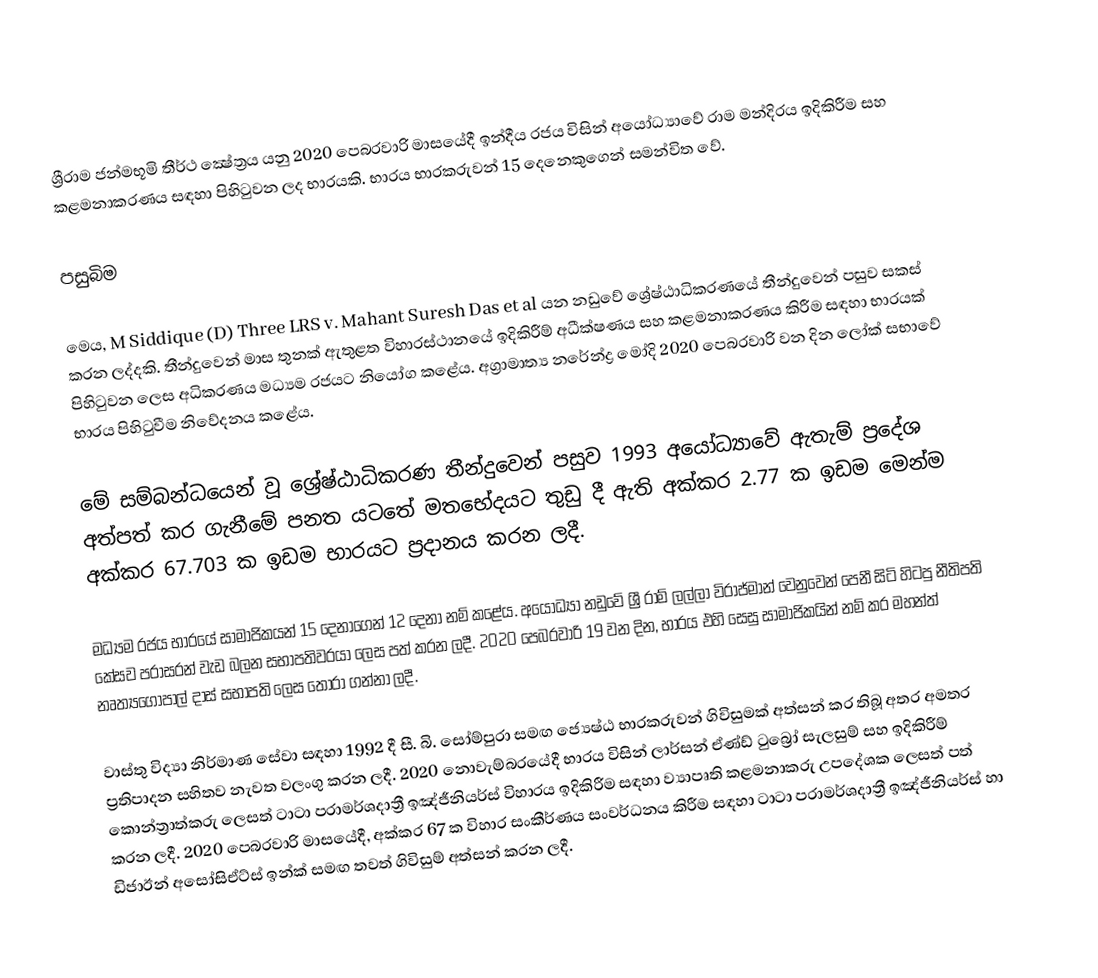
ශ්‍රීරාම ජන්මභූමි තීර්ථ ක්‍ෂේත්‍රය යනු 2020 පෙබරවාරි මාසයේදී ඉන්දීය රජය විසින් අයෝධ්‍යාවේ රාම මන්දිරය ඉදිකිරීම සහ කළමනාකරණය සඳහා පිහිටුවන ලද භාරයකි. භාරය භාරකරුවන් 15 දෙනෙකුගෙන් සමන්විත වේ.

පසුබිම

මෙය, M Siddique (D) Three LRS v. Mahant Suresh Das et al යන නඩුවේ ශ්‍රේෂ්ඨාධිකරණයේ තීන්දුවෙන් පසුව සකස් කරන ලද්දකි. තීන්දුවෙන් මාස තුනක් ඇතුළත විහාරස්ථානයේ ඉදිකිරීම් අධීක්ෂණය සහ කළමනාකරණය කිරීම සඳහා භාරයක් පිහිටුවන ලෙස අධිකරණය මධ්‍යම රජයට නියෝග කළේය. අග්‍රාමාත්‍ය නරේන්ද්‍ර මෝදි 2020 පෙබරවාරි  වන දින ලෝක් සභාවේ භාරය පිහිටුවීම නිවේදනය කළේය.

මේ සම්බන්ධයෙන් වූ ශ්‍රේෂ්ඨාධිකරණ තීන්දුවෙන් පසුව 1993 අයෝධ්‍යාවේ ඇතැම් ප්‍රදේශ අත්පත් කර ගැනීමේ පනත යටතේ මතභේදයට තුඩු දී ඇති අක්කර 2.77 ක ඉඩම මෙන්ම අක්කර 67.703 ක ඉඩම භාරයට ප්‍රදානය කරන ලදී.

මධ්‍යම රජය භාරයේ සාමාජිකයන් 15 දෙනාගෙන් 12 දෙනා නම් කළේය. අයෝධ්‍යා නඩුවේ ශ්‍රී රාම් ලල්ලා විරාජ්මාන් වෙනුවෙන් පෙනී සිටි හිටපු නීතිපති කේසව පරාසරන් වැඩ බලන සභාපතිවරයා ලෙස පත් කරන ලදී.  2020 පෙබරවාරි 19 වන දින, භාරය එහි සෙසු සාමාජිකයින් නම් කර මහන්ත් නෘත්‍යගෝපාල් දාස් සභාපති ලෙස තෝරා ගන්නා ලදී.

වාස්තු විද්‍යා නිර්මාණ සේවා සඳහා 1992 දී සී. බි. සෝම්පුරා සමඟ ජ්‍යෙෂ්ඨ භාරකරුවන් ගිවිසුමක් අත්සන් කර තිබූ අතර අමතර ප්‍රතිපාදන සහිතව නැවත වලංගු කරන ලදී. 2020 නොවැම්බරයේදී භාරය විසින් ලාර්සන් ඒණ්ඩ් ටුබ්‍රෝ සැලසුම් සහ ඉදිකිරීම් කොන්ත්‍රාත්කරු ලෙසත් ටාටා පරාමර්ශදාත්‍රී ඉඤ්ජීනියර්ස් විහාරය ඉදිකිරීම සඳහා ව්‍යාපෘති කළමනාකරු උපදේශක ලෙසත් පත් කරන ලදී. 2020 පෙබරවාරි මාසයේදී, අක්කර 67 ක විහාර සංකීර්ණය සංවර්ධනය කිරීම සඳහා ටාටා පරාමර්ශදාත්‍රී ඉඤ්ජීනියර්ස් හා ඩිජාඊන් අසෝසිඒට්ස් ඉන්ක් සමඟ තවත් ගිවිසුම් අත්සන් කරන ලදී.